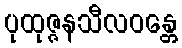
ပုထုဇ္ဇနသီလဝန္တေ